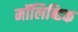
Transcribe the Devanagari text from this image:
मॉलिब्डिक